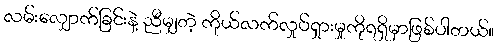
လမ်းလျှောက်ခြင်းနဲ့ ညီမျှတဲ့ ကိုယ်လက်လှုပ်ရှားမှုကိုရရှိမှာဖြစ်ပါတယ်။